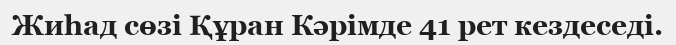
Жиһад сөзі Құран Кәрімде 41 рет кездеседі.